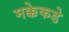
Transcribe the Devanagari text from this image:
मक्केकडे